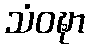
သံဝဍ္ဎာ